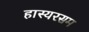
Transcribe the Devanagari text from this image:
हास्यरसम